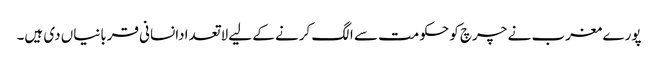
پورے مغرب نے چرچ کو حکومت سے الگ کرنے کے لیے لاتعدادانسانی قربانیاں دی ہیں۔